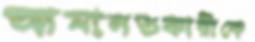
আমানতকারীকে